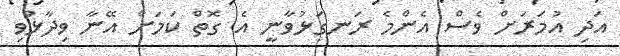
އަދި އުމަރަށް ވެސް އެންމެ ރަނގަޅުވާނީ އެ ގޮތް ކަމަށް އޭނާ ވިދާޅުވި